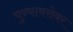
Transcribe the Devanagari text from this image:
चुन्याबरोबर